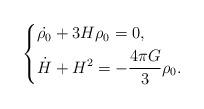
LaTeX: \begin{align*}\left\{\begin{aligned}&\dot{\rho_0}+3H\rho_{0}=0,\\&\dot{H}+H^{2}=-\frac{4\pi G}{3}\rho_0.\end{aligned}\right.\end{align*}